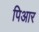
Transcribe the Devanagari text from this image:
पिआर